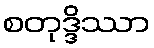
စတုဒ္ဒိဿာ